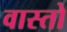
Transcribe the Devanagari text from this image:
वास्तो